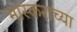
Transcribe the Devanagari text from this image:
भास्कराच्या